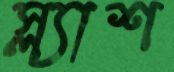
স্ল্যাশ